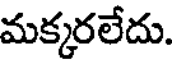
మక్కరలేదు.